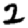
Digit: 2